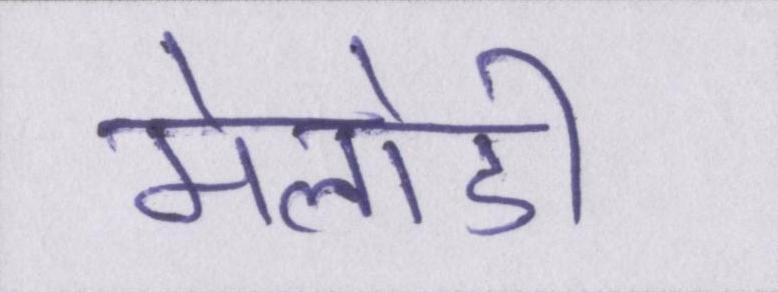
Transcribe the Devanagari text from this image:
मेलोडी